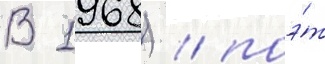
В 1968) / поэ́т